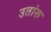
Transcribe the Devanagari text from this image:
उतांरू